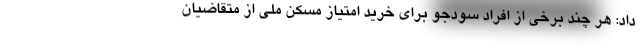
داد: هر چند برخی از افراد سودجو برای خرید امتیاز مسکن ملی از متقاضیان